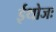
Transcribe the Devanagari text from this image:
ईथोजः